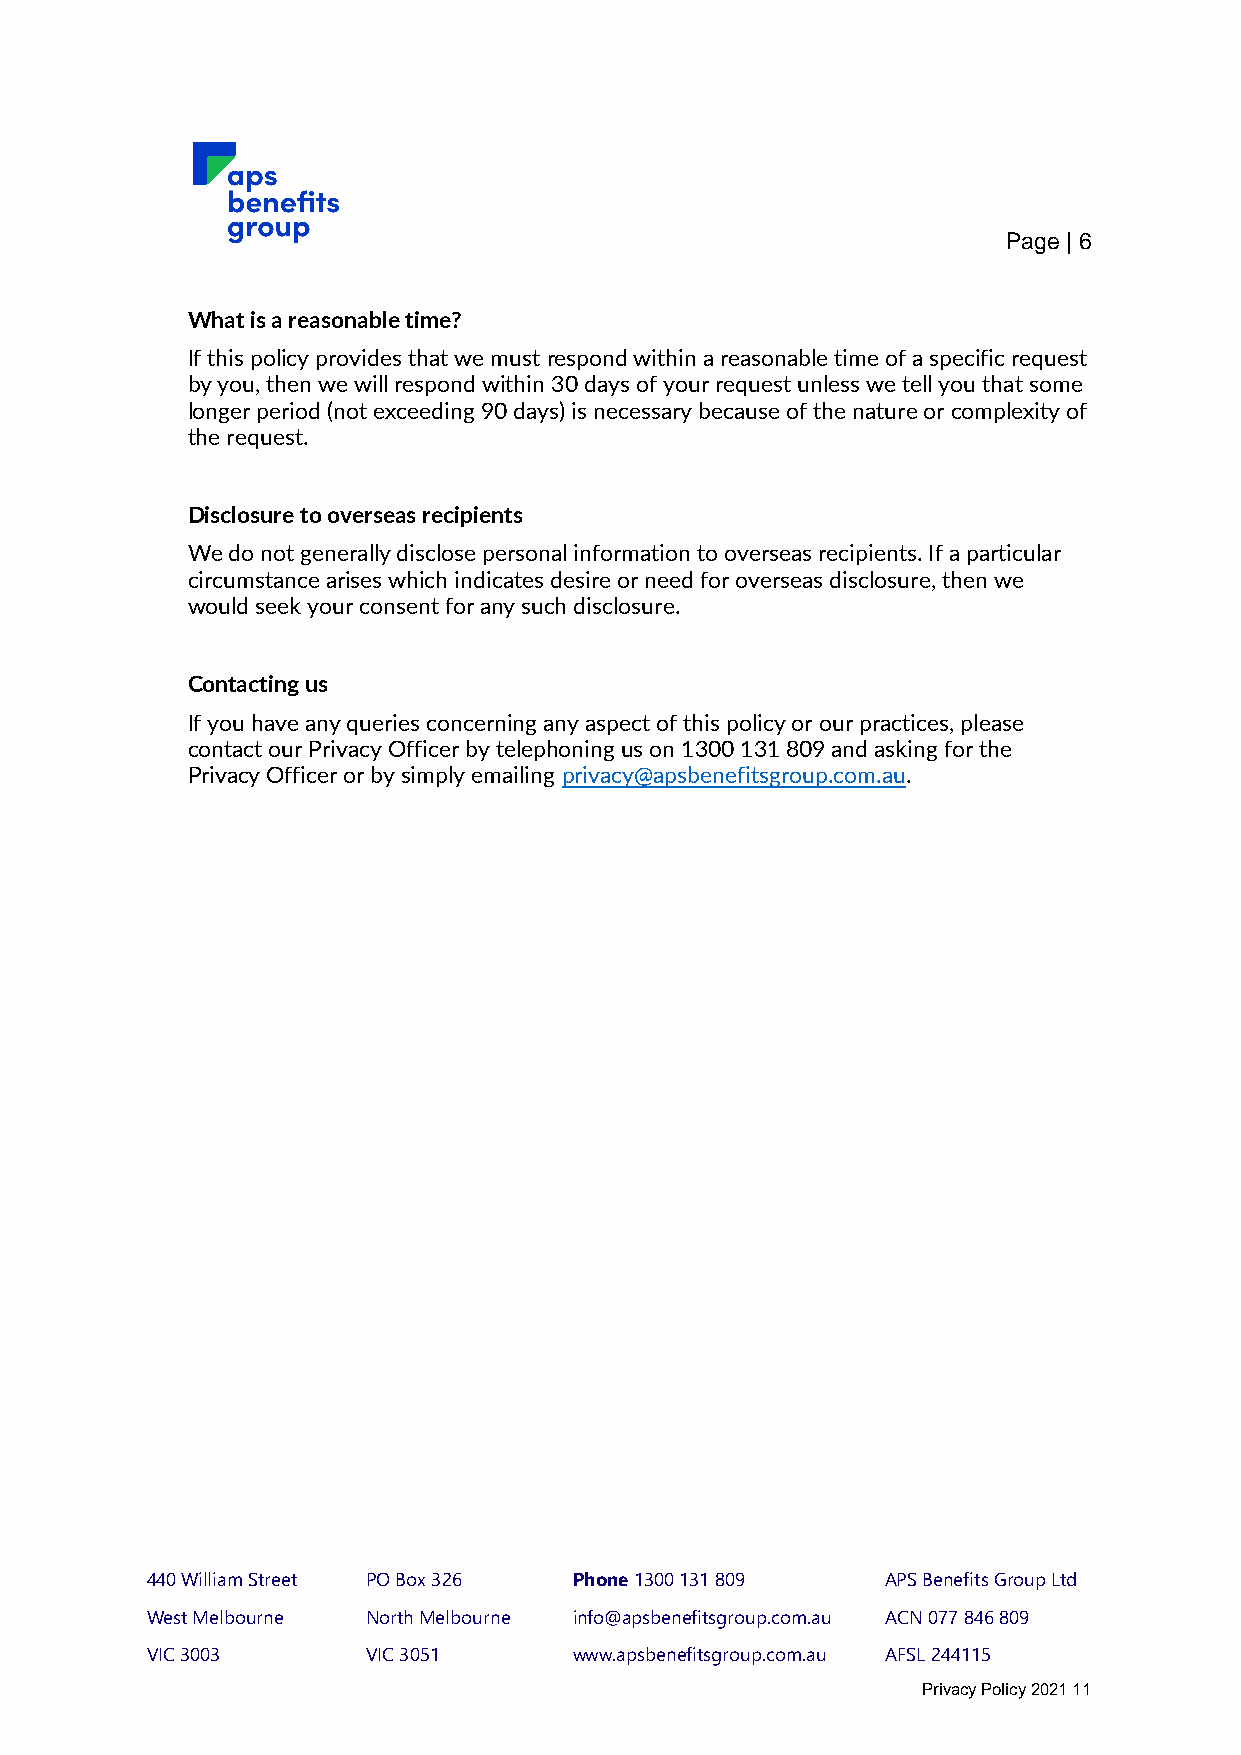
Page | 6
 What is a reasonable time?
 If this policy provides that we must respond within a reasonable time of a specific request
 by you, then we will respond within 30 days of your request unless we tell you that some
 longer period (not exceeding 90 days) is necessary because of the nature or complexity of
 the request.
 Disclosure to overseas recipients
 We do not generally disclose personal information to overseas recipients. If a particular
 circumstance arises which indicates desire or need for overseas disclosure, then we
 would seek your consent for any such disclosure.
 Contacting us
 If you have any queries concerning any aspect of this policy or our practices, please
 contact our Privacy Officer by telephoning us on 1300 131 809 and asking for the
 Privacy Officer or by simply emailing privacy@apsbenefitsgroup.com.au.
 440 William Street PO Box 326 Phone 1300 131 809 APS Benefits Group Ltd
 West Melbourne North Melbourne info@apsbenefitsgroup.com.au ACN 077 846 809
 VIC 3003      VIC 3051      www.apsbenefitsgroup.com.au AFSL 244115
 Privacy Policy 2021 11